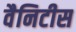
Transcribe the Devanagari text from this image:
वैनिटीस